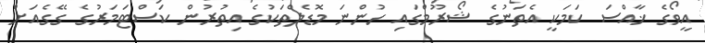
އީވޯގެ ޚާއްސަ ކަމަކީ އެތަނުގެ ޝޯރޫމްގައި ހުންނަ މޮޑެލްތަކުގެ އިތުރުން ކަސްޓަމަރުގެ ގޭގެއަށް